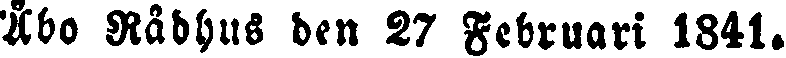
Åbo Rådhus den 27 Februari 1841.